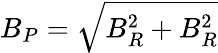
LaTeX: B_{P}=\sqrt{B_{R}^{2}+B_{R}^{2}}